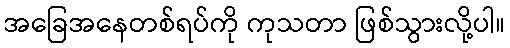
အခြေအနေတစ်ရပ်ကို ကုသတာ ဖြစ်သွားလို့ပါ။